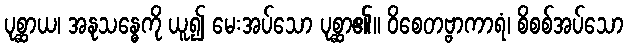
ပုစ္ဆာယ၊ အနုသန္ဓေကို ယူ၍ မေးအပ်သော ပုစ္ဆာ၏။ ဝိစေတဗ္ဗာကာရံ၊ စိစစ်အပ်သော